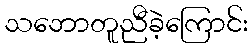
သဘောတူညီခဲ့ကြောင်း